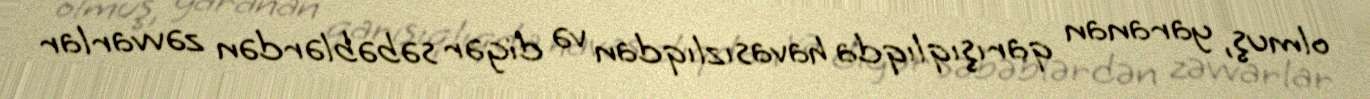
olmuş, yaranan qarışıqlıqda havasızlıqdan və digər səbəblərdən zəvvarlar